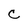
Character: C